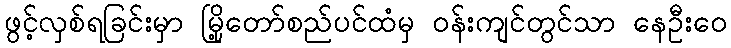
ဖွင့်လှစ်ရခြင်းမှာ မြို့တော်စည်ပင်ထံမှ ဝန်းကျင်တွင်သာ နေဦးဝေ